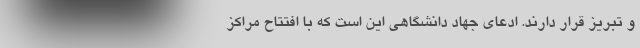
و تبریز قرار دارند. ادعای جهاد دانشگاهی این است که با افتتاح مراکز